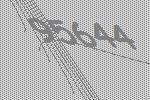
95644